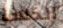
الخلاف